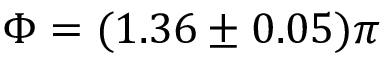
\Phi = ( 1 . 3 6 \pm 0 . 0 5 ) \pi